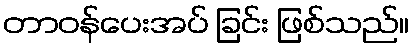
တာဝန်ပေးအပ် ခြင်း ဖြစ်သည်။